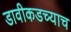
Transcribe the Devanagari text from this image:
डावीकडच्याच